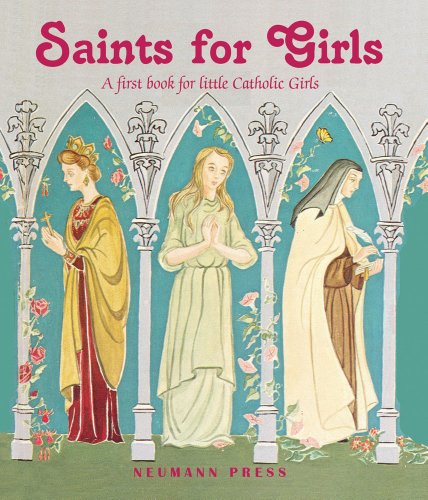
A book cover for Saints for Girls: A First Book for Little Catholic Girls; Various; Christian Books & Bibles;